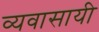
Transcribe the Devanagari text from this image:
व्यवासायी